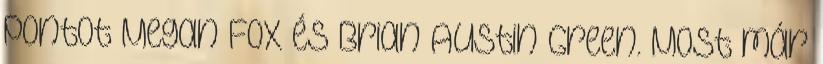
pontot Megan Fox és Brian Austin Green. Most már